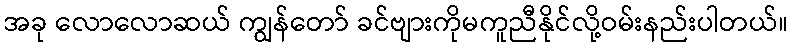
အခု လောလောဆယ် ကျွန်တော် ခင်ဗျားကိုမကူညီနိုင်လို့ဝမ်းနည်းပါတယ်။